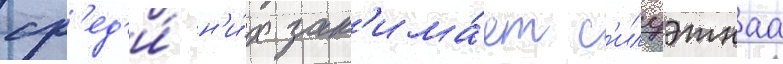
ср'ед'и́ н'и́х зан'има́ет с'илуэтнаа